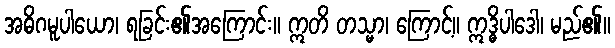
အဓိဂမူပါယော၊ ရခြင်း၏အကြောင်း။ ဣတိ တသ္မာ၊ ကြောင့်။ ဣဒ္ဓိပါဒေါ၊ မည်၏။